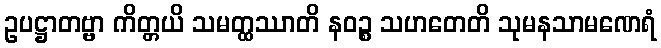
ဥပဋ္ဌာတဗ္ဗာ ကိတ္တယိ သမတ္ထဿာတိ နဝဉ္စ သဟတေတိ သုမနသာမဏေရံ